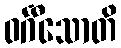
ဝင်္ဂီသောတိ